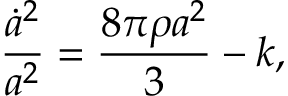
{ \frac { \dot { a } ^ { 2 } } { a ^ { 2 } } } = \frac { 8 \pi \rho a ^ { 2 } } { 3 } - k ,